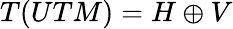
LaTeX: T(UTM)=H\oplus V